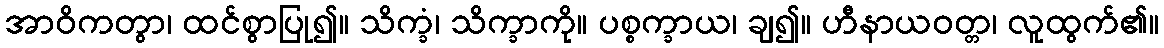
အာဝိကတွာ၊ ထင်စွာပြု၍။ သိက္ခံ၊ သိက္ခာကို။ ပစ္စက္ခာယ၊ ချ၍။ ဟီနာယဝတ္တ၊ လူထွက်၏။